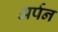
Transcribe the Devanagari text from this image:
अर्पन